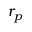
r _ { p }